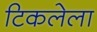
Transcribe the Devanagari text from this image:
टिकलेला